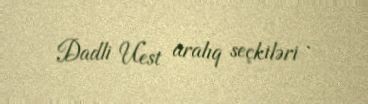
Dadli Uest aralıq seçkiləri .